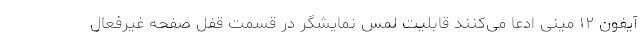
آیفون ۱۲ مینی ادعا می‌کنند قابلیت لمس نمایشگر در قسمت قفل صفحه غیرفعال